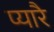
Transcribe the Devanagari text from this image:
प्यारै